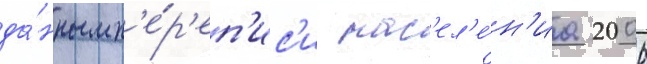
да́нным п'е́р'еп'ис'и нас'ел'е́н'иа 2006